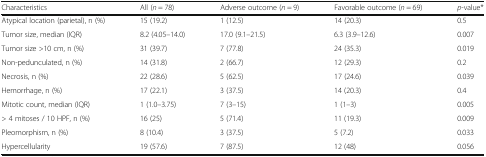
<table><thead><tr><td><b>Characteristics</b></td><td><b>All (<i>n</i> = 78)</b></td><td><b>Adverse outcome (<i>n</i> = 9)</b></td><td><b>Favorable outcome (<i>n</i> = 69)</b></td><td><b><i>p</i>-value*</b></td></tr></thead><tbody><tr><td>Atypical location (parietal), n (%)</td><td>15 (19.2)</td><td>1 (12.5)</td><td>14 (20.3)</td><td>0.5</td></tr><tr><td>Tumor size, median (IQR)</td><td>8.2 (4.05–14.0)</td><td>17.0 (9.1–21.5)</td><td>6.3 (3.9–12.6)</td><td>0.007</td></tr><tr><td>Tumor size &gt;10 cm, n (%)</td><td>31 (39.7)</td><td>7 (77.8)</td><td>24 (35.3)</td><td>0.019</td></tr><tr><td>Non-pedunculated, n (%)</td><td>14 (31.8)</td><td>2 (66.7)</td><td>12 (29.3)</td><td>0.2</td></tr><tr><td>Necrosis, n (%)</td><td>22 (28.6)</td><td>5 (62.5)</td><td>17 (24.6)</td><td>0.039</td></tr><tr><td>Hemorrhage, n (%)</td><td>17 (22.1)</td><td>3 (37.5)</td><td>14 (20.3)</td><td>0.4</td></tr><tr><td>Mitotic count, median (IQR)</td><td>1 (1.0–3.75)</td><td>7 (3–15)</td><td>1 (1–3)</td><td>0.005</td></tr><tr><td>&gt; 4 mitoses / 10 HPF, n (%)</td><td>16 (25)</td><td>5 (71.4)</td><td>11 (19.3)</td><td>0.009</td></tr><tr><td>Pleomorphism, n (%)</td><td>8 (10.4)</td><td>3 (37.5)</td><td>5 (7.2)</td><td>0.033</td></tr><tr><td>Hypercellularity</td><td>19 (57.6)</td><td>7 (87.5)</td><td>12 (48)</td><td>0.056</td></tr></tbody></table>